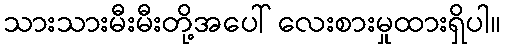
သားသားမီးမီးတို့အပေါ် လေးစားမှုထားရှိပါ။